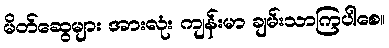
မိတ်ဆွေများ အားလုံး ကျန်းမာ ချမ်းသာကြပါစေ။